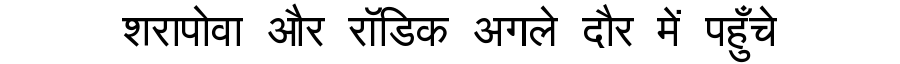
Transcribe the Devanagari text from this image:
शरापोवा और रॉडिक अगले दौर में पहुँचे